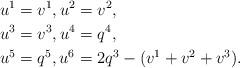
LaTeX: \begin{align*}&u^{1}=v^{1},u^{2}=v^{2}, \\&u^{3}=v^{3},u^{4}=q^{4}, \\&u^{5}=q^{5},u^{6}=2q^{3}-(v^{1}+v^{2}+v^{3}).\end{align*}